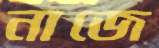
নাজে